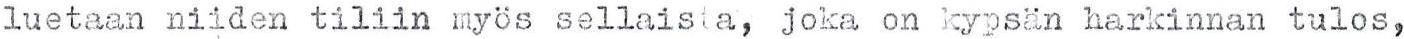
luetaan niiden tiliin myös sellaista, joka on kypsän harkinnan tulos,